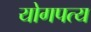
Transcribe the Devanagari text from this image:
योगपत्य